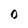
Character: 0